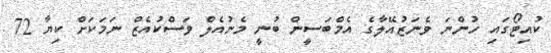
ކުއިޓޯގައި ހުންނަ ވެނަޒުއޭލާގެ އެމްބަސީން ބުނީ މެނުއެލް ވަސްކުއެޒް ނަމަކަށް ކިޔާ 72